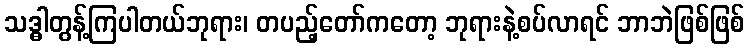
သဒ္ဓါတွန့်ကြပါတယ်ဘုရား၊ တပည့်တော်ကတော့ ဘုရားနဲ့စပ်လာရင် ဘာဘဲဖြစ်ဖြစ်